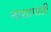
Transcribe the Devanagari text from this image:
नाशापाती